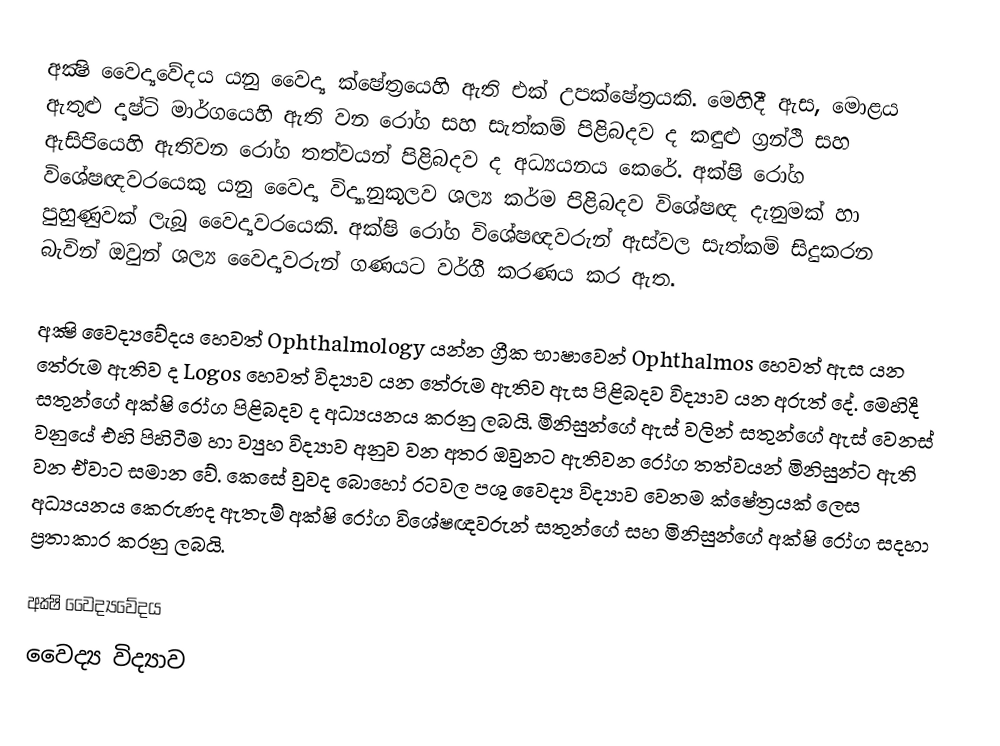
අක්‍ෂි වෛද්‍යවේදය යනු වෛද්‍ය ක්ෂේත්‍රයෙහි ඇති එක් උපක්ෂේත්‍රයකි. මෙහිදී ඇස, මොළය ඇතුළු දෘෂ්ටි මාර්ගයෙහි ඇති වන රෝග සහ සැත්කම් පිළිබදව ද කඳුළු ග්‍රන්ථි සහ ඇසිපියෙහි ඇතිවන රෝග තත්වයන් පිළිබදව ද අධ්‍යයනය කෙරේ. අක්ෂි රෝග විශේෂඥවරයෙකු යනු වෛද්‍ය විද්‍යානුකූලව ශල්‍ය කර්ම පිළිබදව විශේෂඥ දැනුමක් හා පුහුණුවක් ලැබූ වෛද්‍යවරයෙකි. අක්ෂි රෝග විශේෂඥවරුන් ඇස්වල සැත්කම් සිදුකරන බැවින් ඔවුන් ශල්‍ය වෛද්‍යවරුන් ගණයට වර්ගී කරණය කර ඇත.

අක්‍ෂි වෛද්‍යවේදය හෙවත් Ophthalmology යන්න ග්‍රීක භාෂාවෙන් Ophthalmos හෙවත් ඇස යන තේරුම ඇතිව ද Logos හෙවත් විද්‍යාව යන තේරුම ඇතිව ඇස පිළිබදව විද්‍යාව යන අරුත් දේ. මෙහිදී සතුන්ගේ අක්ෂි රෝග පිළිබදව ද අධ්‍යයනය කරනු ලබයි. මිනිසුන්ගේ ඇස් වලින් සතුන්ගේ ඇස් වෙනස් වනුයේ එහි පිහිටීම හා ව්‍යුහ විද්‍යාව අනුව වන අතර ඔවුනට ඇතිවන රෝග තත්වයන් මිනිසුන්ට ඇති වන ඒවාට සමාන වේ. කෙසේ වුවද බොහෝ රටවල පශු වෛද්‍ය විද්‍යාව වෙනම ක්ෂේත්‍රයක් ලෙස අධ්‍යයනය කෙරුණද ඇතැම් අක්ෂි රෝග විශේෂඥවරුන් සතුන්ගේ සහ මිනිසුන්ගේ අක්ෂි රෝග සදහා ප්‍රතාකාර කරනු ලබයි.

අක්‍ෂි වෛද්‍යවේදය
වෛද්‍ය විද්‍යාව